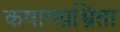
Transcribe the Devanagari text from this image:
कषायप्रभ्रिता